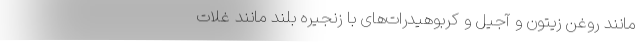
مانند روغن زیتون و آجیل و کربوهیدرات‌های با زنجیره بلند مانند غلات